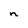
Character: n